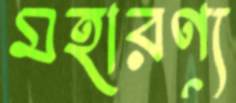
মহারণ্য